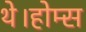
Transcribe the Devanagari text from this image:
थे।होम्स